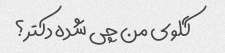
گلوی من چی شده دکتر؟